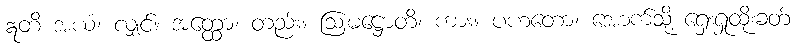
ဣတိ အယံ၊ လျှင်။ အတ္ထော၊ တည်း။ ဩမဋ္ဌောတိ၊ ကား။ ပဟတော၊ အောက်သို့ ရှေးရှုထိုးခတ်